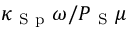
\kappa _ { \mathrm { ~ S ~ p ~ } } \omega / P _ { \mathrm { ~ S ~ } } \mu